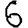
Digit: 6